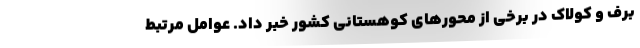
برف و کولاک در برخی از محورهای کوهستانی کشور خبر داد. عوامل مرتبط